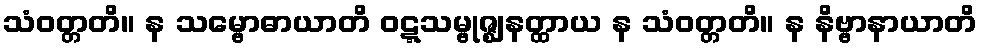
သံဝတ္တတိ။ န သမ္ဗောဓာယာတိ ဝဋ္ဋသမ္ဗုဇ္ဈနတ္ထာယ န သံဝတ္တတိ။ န နိဗ္ဗာနာယာတိ